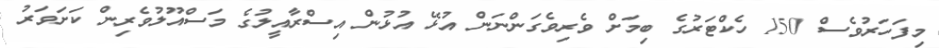
މިފަހަރުވެސް 150 ހެކްޓަރުގެ ބިމަށް ވެރިވެގަންނަން އުޅޭ އުޅުން އިސްރާއީލުގެ މަސްއޫލުވެރިން ކަށަވަރު